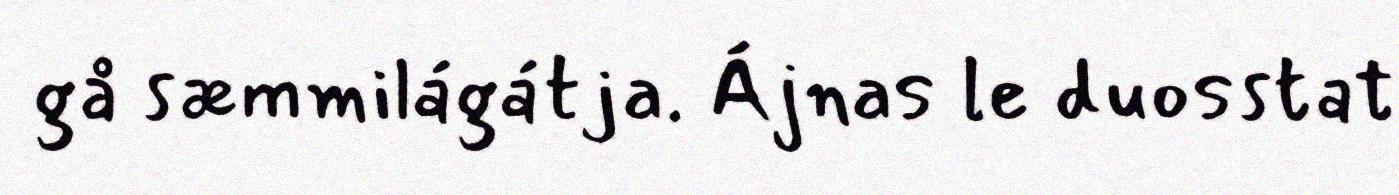
gå sæmmilágátja. Ájnas le duosstat